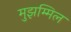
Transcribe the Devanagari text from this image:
मुझम्मिल